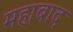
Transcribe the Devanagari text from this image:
महाबाद